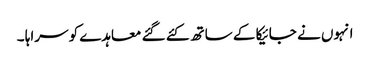
انہوں نے جائیکا کے ساتھ کئے گئے معاہدے کو سراہا ۔